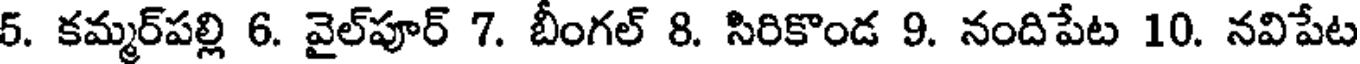
5. కమ్మర్పల్లి 6. వైల్పూర్ 7. బీంగల్ 8. సిరికొండ 9. నందిపేట 10. నవిపేట